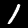
Label: 1